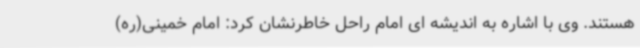
هستند. وی با اشاره به اندیشه ای امام راحل خاطرنشان کرد: امام خمینی(ره)